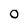
Character: 0